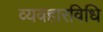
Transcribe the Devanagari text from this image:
व्यवहारविधि